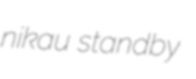
nikau standby